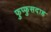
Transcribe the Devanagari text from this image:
फुप्फुसदाह